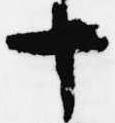
十